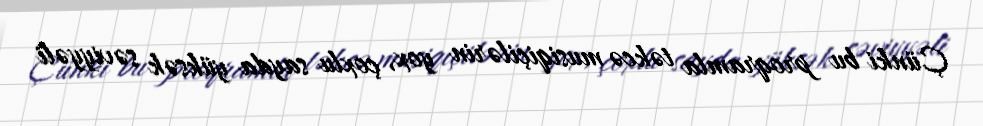
Çünki bu proqramla təkcə musiqiçilərin yox, çoxlu sayda yüksək səviyyəli